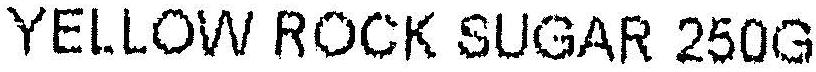
YELLOW ROCK SUGAR 250G